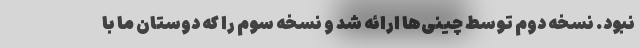
نبود. نسخه دوم توسط چینی‌ها ارائه شد و نسخه سوم را که دوستان ما با